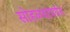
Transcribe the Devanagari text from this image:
सोहळ्यापर्यंत